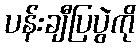
ပန်းချီပြပွဲကို